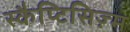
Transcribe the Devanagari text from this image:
स्कैप्टिसिज़्म